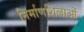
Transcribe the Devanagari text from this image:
निर्माणशिलाओं